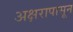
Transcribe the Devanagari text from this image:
अक्षरापासून